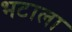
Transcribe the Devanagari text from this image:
भटाला